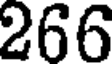
266